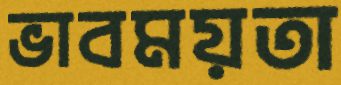
ভাবময়তা